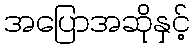
အပြောအဆိုနှင့်